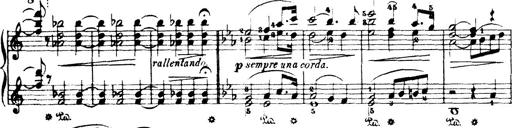
Title: Wagner-Liszt Album
Composer: Franz Liszt